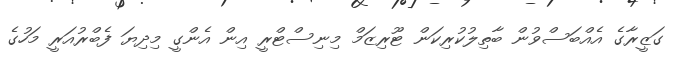
ގަޒީރާގެ އެއްބަސްވުން ބާތިލުކުރިކަން ޓޫރިޒަމް މިނިސްޓްރީ އިން އެންގީ މިދިޔަ ފެބްރުއަރީ މަހުގެ